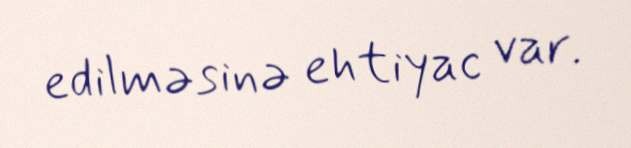
edilməsinə ehtiyac var.